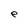
Character: e